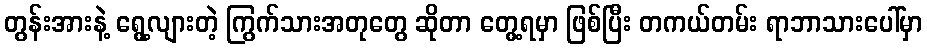
တွန်းအားနဲ့ ရွေ့လျားတဲ့ ကြွက်သားအတုတွေ ဆိုတာ တွေ့ရမှာ ဖြစ်ပြီး တကယ်တမ်း ရာဘာသားပေါ်မှာ